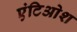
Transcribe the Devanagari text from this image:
एंटिओश